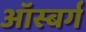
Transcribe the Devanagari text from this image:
ऑस्बर्ग